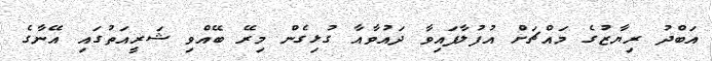
އަބްދު ރިޔާޒުގެ މައްޗަށް އުފުލާފައިވާ ދައުވާއާ ގުޅިގެން މިރޭ ބޭއްވި ޝަރީއަތުގައި އޭނާގެ